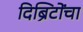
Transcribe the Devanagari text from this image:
दिब्रिटोंचा